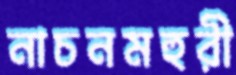
নাচনমহুরী